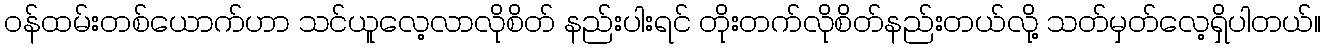
ဝန်ထမ်းတစ်ယောက်ဟာ သင်ယူလေ့လာလိုစိတ် နည်းပါးရင် တိုးတက်လိုစိတ်နည်းတယ်လို့ သတ်မှတ်လေ့ရှိပါတယ်။